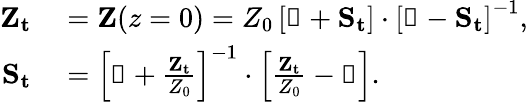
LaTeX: \begin{array}{rl}{\mathbf{Z_{t}}}&{{}=\mathbf{Z}(z=0)=Z_{0}\left[\mathbb{1}+\mathbf{S_{t}}\right]\cdot\left[\mathbb{1}-\mathbf{S_{t}}\right]^{-1},}\\ {\mathbf{S_{t}}}&{{}=\left[\mathbb{1}+\frac{\mathbf{Z_{t}}}{Z_{0}}\right]^{-1}\cdot\left[\frac{\mathbf{Z_{t}}}{Z_{0}}-\mathbb{1}\right].}\end{array}